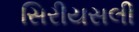
સિરીયસલી